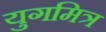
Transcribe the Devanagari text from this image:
युगमित्र